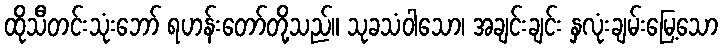
ထိုသီတင်းသုံးဘော် ရဟန်းတော်တို့သည်။ သုခသံဝါသော၊ အချင်းချင်း နှလုံးချမ်းမြေ့သော